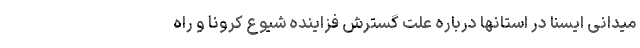
میدانی ایسنا در استانها درباره علت گسترش فزاینده شیوع کرونا و راه